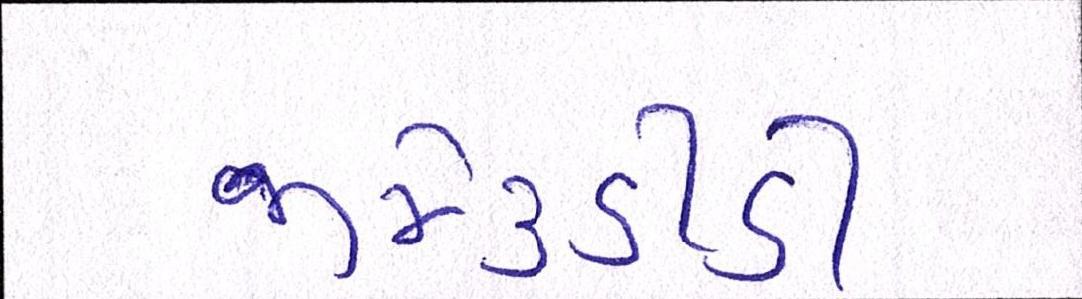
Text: જીજે૩ડીડી